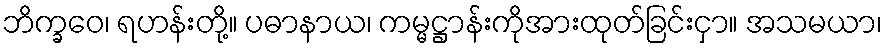
ဘိက္ခဝေ၊ ရဟန်းတို့။ ပဓာနာယ၊ ကမ္မဋ္ဌာန်းကိုအားထုတ်ခြင်းငှာ။ အသမယာ၊